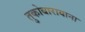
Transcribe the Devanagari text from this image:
तुकोबारायाना